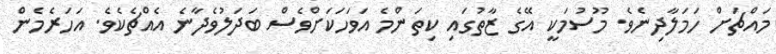
މައްޗަށް ހަމަލާދިނެވެ. މޫސުމަކީ އޭގެ ޒާތުގައި ކިތަންމެ އަވަހަކަށްވެސް ބަދަލުވެދާނެ އެއްޗެކެވެ. އަހަރެމެން